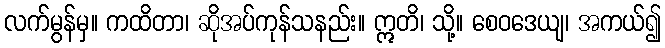
လက်မွန်မှ။ ကထိတာ၊ ဆိုအပ်ကုန်သနည်း။ ဣတိ၊ သို့။ စေဝဒေယျ၊ အကယ်၍